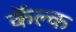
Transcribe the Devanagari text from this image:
कॅल्क